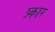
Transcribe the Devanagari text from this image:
प्र्कार